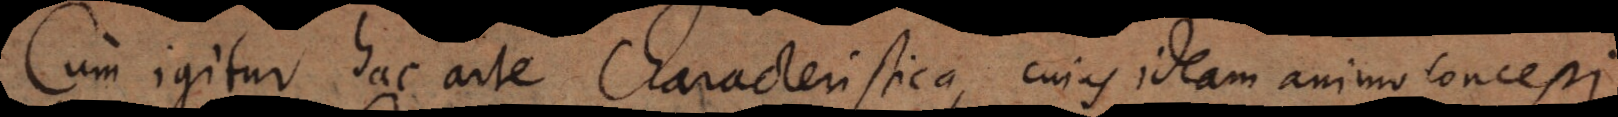
Cum igitur hac arte Characteristica, cujus ideam animo concepi,,